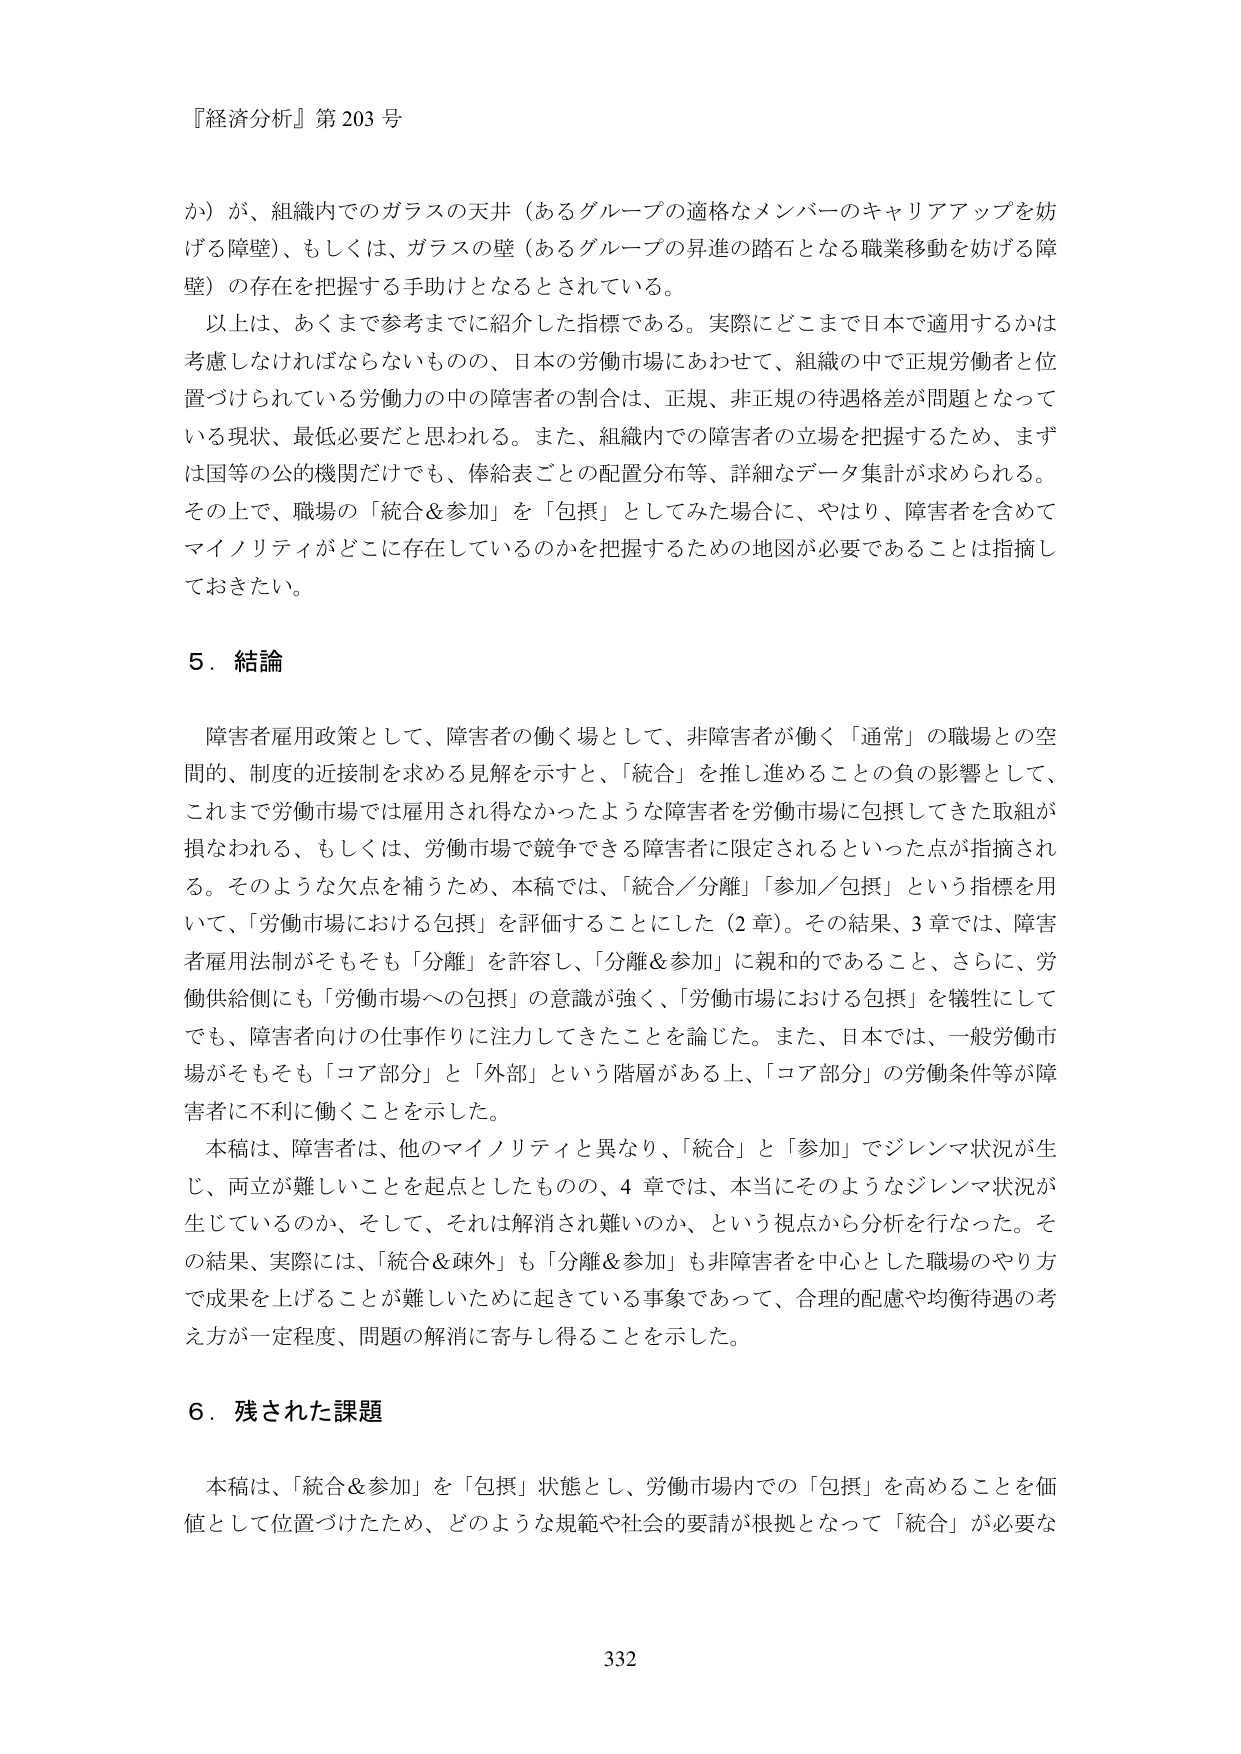
『経済分析』第203号

か）が、組織内でのガラスの天井（あるグループの適格なメンバーのキャリアアップを妨げる障壁）、もしくは、ガラスの壁（あるグループの昇進の踏石となる職業移動を妨げる障壁）の存在を把握する手助けとなるとされている。

以上は、あくまで参考までに紹介した指標である。実際にどこまで日本で適用するかは考慮しなければならないものの、日本の労働市場にあわせて、組織の中で正規労働者と位置づけられている労働力の中の障害者の割合は、正規、非正規の待遇格差が問題となっている現状、最低必要だと思われる。また、組織内での障害者の立場を把握するため、まずは国等の公的機関だけでも、俸給表ごとの配置分布等、詳細なデータ集計が求められる。その上で、職場の「統合＆参加」を「包摂」としてみた場合に、やはり、障害者を含めてマイノリティがどこに存在しているのかを把握するための地図が必要であることは指摘しておきたい。

5．結論

障害者雇用政策として、障害者の働く場として、非障害者が働く「通常」の職場との空間的、制度的接近制を求める見解を示すと、「統合」を推し進めることの負の影響として、これまで労働市場では雇用され得なかったような障害者を労働市場に包摂してきた取組が損なわれる、もしくは、労働市場で競争できる障害者に限定されるといった点が指摘される。そのような欠点を補うため、本稿では、「統合／分離」「参加／包摂」という指標を用いて、「労働市場における包摂」を評価することにした（2章）。その結果、3章では、障害者雇用法制がそもそも「分離」を許容し、「分離＆参加」に親和的であること、さらに、労働供給側にも「労働市場への包摂」の意識が強く、「労働市場における包摂」を犠牲にしてでも、障害者向けの仕事作りに注力してきたことを論じた。また、日本では、一般労働市場がそもそも「コア部分」と「外部」という階層がある上、「コア部分」の労働条件等が障害者に不利に働くことを示した。

本稿は、障害者は、他のマイノリティと異なり、「統合」と「参加」でジレンマ状況が生じ、両立が難しいことを起点としたものの、4章では、本当にそのようなジレンマ状況が生じているのか、そして、それは解消され難いのか、という視点から分析を行なった。その結果、実際には、「統合＆疎外」も「分離＆参加」も非障害者を中心とした職場のやり方で成果を上げることが難しいために起きている事象であって、合理的配慮や均衡待遇の考え方があらゆる程度、問題の解消に寄与し得ることを示した。

6．残された課題

本稿は、「統合＆参加」を「包摂」状態とし、労働市場内での「包摂」を高めることを価値として位置づけたため、どのような規範や社会的要請が根拠となって「統合」が必要な

332